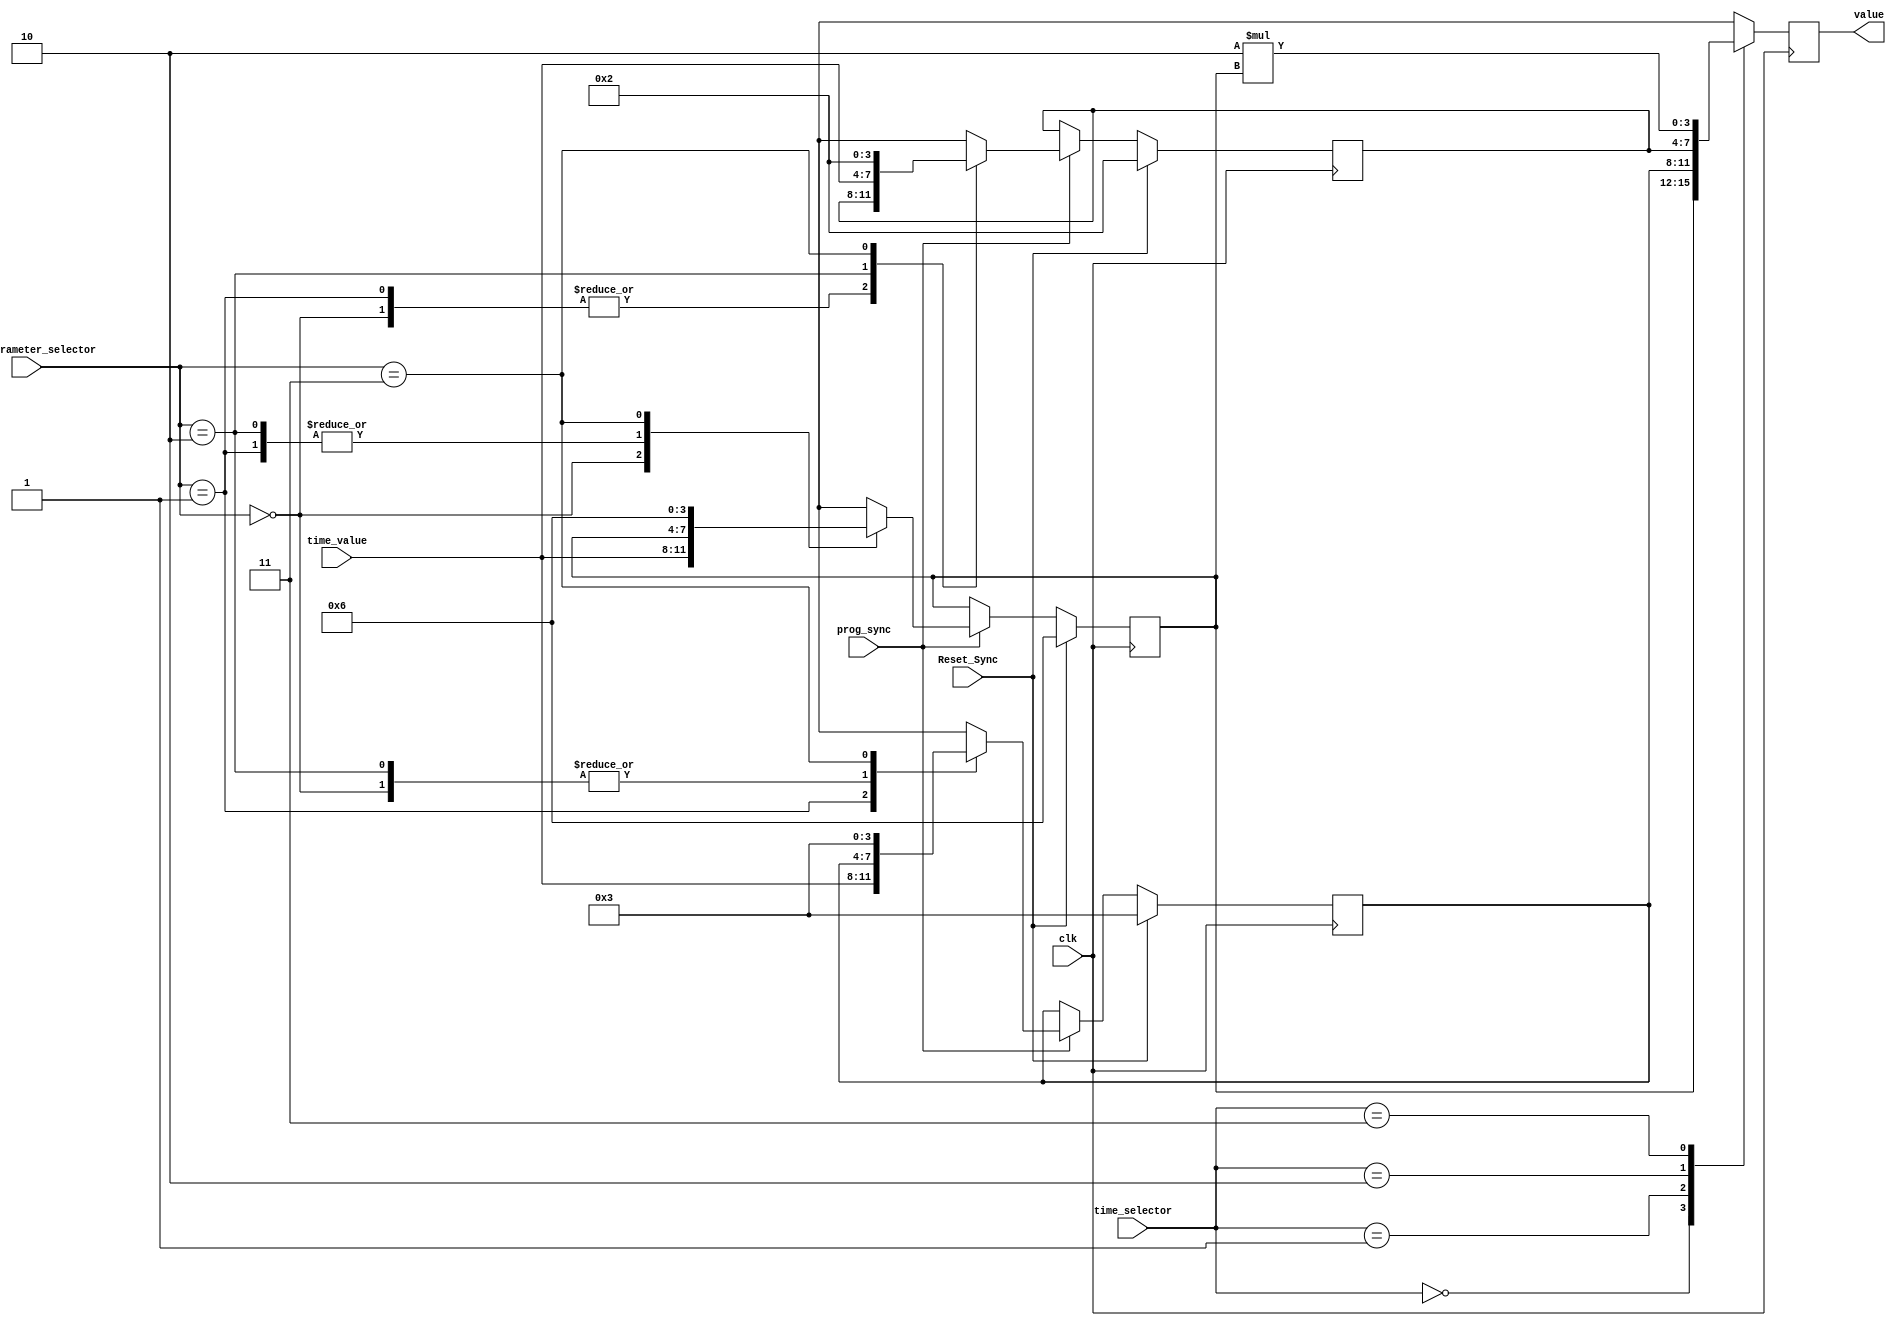
`timescale 1ns / 1ps
//////////////////////////////////////////////////////////////////////////////////
// Company: 
// Engineer: 
// 
// Design Name: 
// Module Name: TimePrarameters
// Project Name: 
// Target Devices: 
// Tool Versions: 
// Description: 
// 
// Dependencies: 
// 
// Revision:
// Revision 0.01 - File Created
// Additional Comments:
// 
//////////////////////////////////////////////////////////////////////////////////


module TimeParameters(
    input [1:0] time_parameter_selector,
    input [3:0] time_value,
    input prog_sync,
    input [1:0] time_selector,
    input Reset_Sync,
    input clk,
    
    output reg [3:0] value
    );
	 
	 reg[3:0] t_base = 4'b0110, // time_selector value = 00
              t_ext = 4'b0011, // time_selector value = 01
              t_yel = 4'b0010; // time_selector value = 10
	     
						 
	always@(posedge clk) begin
	
	case (time_selector)
		
		2'b00: value = t_base;
		2'b01: value = t_ext;
		2'b10: value = t_yel;
		2'b11: value = 2*t_base;
	
	endcase
	// On a global reset, the three time parameters will be respectively set to 6, 3, and 2 seconds.
	
	if (prog_sync) begin
		case (time_parameter_selector) 
			2'b00: t_base = time_value;
			2'b01: t_ext = time_value;
			2'b10: t_yel = time_value;
			2'b11: begin // This case handles the undefined input in the project description
                    t_base = 4'b0110;
                    t_ext = 4'b0011;
                    t_yel = 4'b0010;
                   end
		endcase
	end
	
	if (Reset_Sync) begin
        t_base = 4'b0110;
        t_ext = 4'b0011;
        t_yel = 4'b0010;
	end
		
	end

endmodule